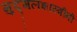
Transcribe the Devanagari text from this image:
मुद्गलशास्त्रींनी